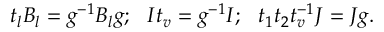
t _ { l } B _ { l } = g ^ { - 1 } B _ { l } g ; \, \, \, \, I t _ { v } = g ^ { - 1 } I ; \, \, \, \, t _ { 1 } t _ { 2 } t _ { v } ^ { - 1 } J = J g .